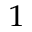
^ 1